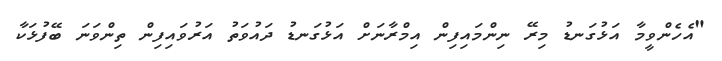
"އެހެންވީމާ އަޅުގަނޑު މިރޭ ނިންމައިފިން އިމްރާނަށް އަޅުގަނޑު ދައުވަތު އަރުވައިފިން ތިންވަނަ ބޭފުޅަކާ